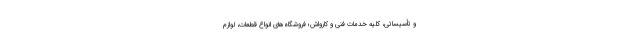
و تأسیساتی، کلیه خدمات فنی و کارواش؛ فروشگاه‌های انواع قطعات، لوازم